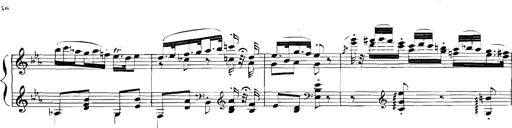
Title: Rhapsodies hongroises
Composer: Franz Liszt